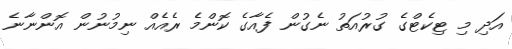
އަދި މި ޓިކެޓްގެ ގުރުއަތު ނެގުން ފެއާގެ ކޮންމެ ރެއެއް ނިމުނުން އޮންނާނެ